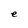
Character: e